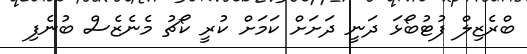
ބްރެޒިލް ފުޓުބޯޅަ ދަނީ ދަށަށް ކަމަށް ކުރީ ކޯޗު މެނެޒެސް ބުނެފި